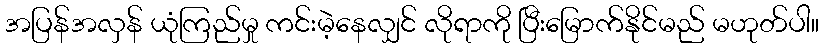
အပြန်အလှန် ယုံကြည်မှု ကင်းမဲ့နေလျှင် လိုရာကို ပြီးမြောက်နိုင်မည် မဟုတ်ပါ။